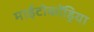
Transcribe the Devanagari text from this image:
माईटोकोंड्रिया